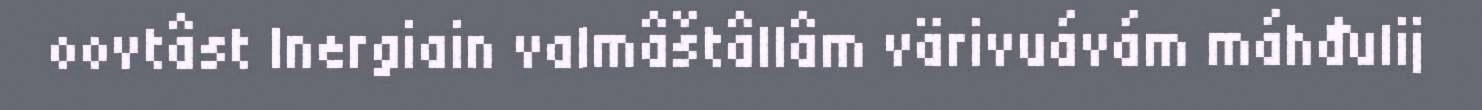
oovtâst Inergiain valmâštâllâm värivuávám máhđulij